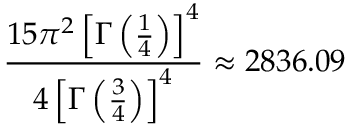
\displaystyle \frac { 1 5 \pi ^ { 2 } \left[ \Gamma \left( \frac { 1 } { 4 } \right) \right] ^ { 4 } } { 4 \left[ \Gamma \left( \frac { 3 } { 4 } \right) \right] ^ { 4 } } \approx 2 8 3 6 . 0 9